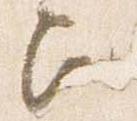
歟